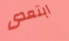
ابتعدى